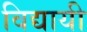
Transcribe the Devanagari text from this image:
विद्यायी